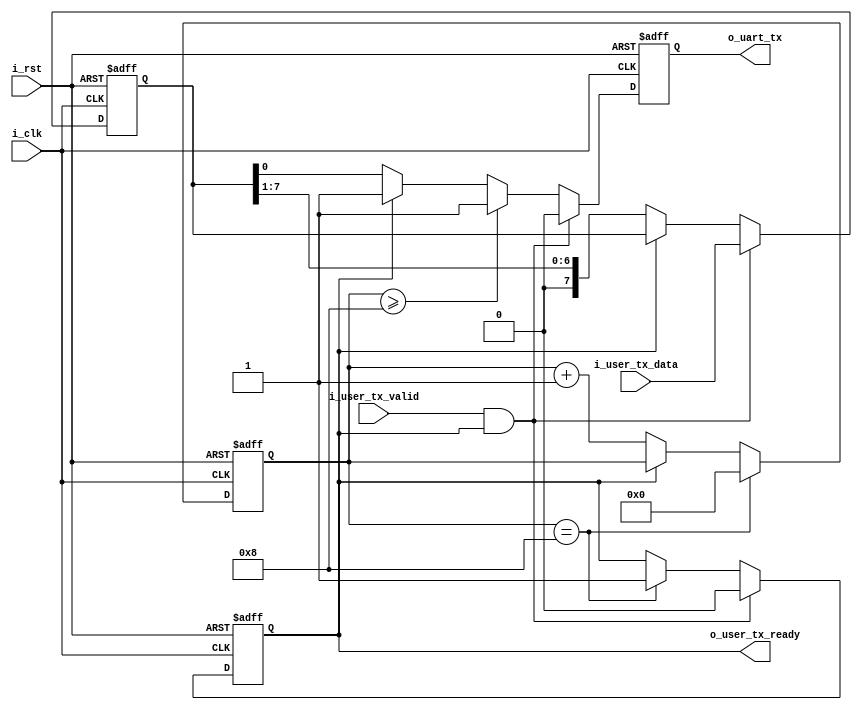
`timescale 1ns / 1ps
//////////////////////////////////////////////////////////////////////////////////
// Company: 
// Engineer: 
// 
// Design Name: 
// Module Name: uart_tx
// Project Name: 
// Target Devices: 
// Tool Versions: 
// Description:  uarti_user_tx_data i_user_tx_valido_user_tx_ready
// readyvaliddatareadyvalid,ready
//
// Dependencies: 
// 
// Revision:
// Revision 0.01 - File Created
// Additional Comments:
// 
//////////////////////////////////////////////////////////////////////////////////


module uart_tx#(
    parameter      P_SYSTEM_CLK        = 50_000_000  ,   // 
    parameter      P_UART_BUADRATE     = 9600        ,   // 
    parameter      P_UART_DATA_WIDTH   = 8           ,   // 
    parameter      P_UART_STOP_WIDTH   = 1           ,   //  1
    parameter      P_UART_CHECK        = 0               //  0- 1-odd 2-even          
)(
    input                               i_clk                      ,
    input                               i_rst                      ,

    output                              o_uart_tx                  ,

    input  [P_UART_DATA_WIDTH - 1 : 0]  i_user_tx_data             ,    //
    input                               i_user_tx_valid            ,    //
    output                              o_user_tx_ready                 //
    );

    reg                                 ro_uart_tx                 ;    //
    reg                                 ro_user_tx_ready           ;    //
    reg    [P_UART_DATA_WIDTH - 1 : 0]  r_tx_data                  ;    //
    reg                [  15: 0]        r_cnt                      ;    //
    reg                                 r_tx_check                 ;    //1

    wire                                w_user_active              ;    //


    assign                              o_uart_tx         = ro_uart_tx                          ;
    assign                              o_user_tx_ready   = ro_user_tx_ready                    ;
    assign                              w_user_active     = i_user_tx_valid && o_user_tx_ready  ;

//ready
always@(posedge i_clk or posedge i_rst)begin
    if(i_rst)
        ro_user_tx_ready <= 'd1;
    else if(w_user_active)
        ro_user_tx_ready <= 'd0;
    else if(r_cnt == P_UART_DATA_WIDTH + P_UART_STOP_WIDTH - 1 && P_UART_CHECK == 0)    //1 
        ro_user_tx_ready <= 'd1;
    else if(r_cnt == P_UART_DATA_WIDTH + 1 + P_UART_STOP_WIDTH - 1 && P_UART_CHECK > 0)
        ro_user_tx_ready <= 'd1;
    else 
        ro_user_tx_ready <= ro_user_tx_ready;
end

//ro_uart_tx017
always@(posedge i_clk or posedge i_rst)begin
    if(i_rst)
        r_cnt <= 'd0;
    else if(r_cnt == P_UART_DATA_WIDTH + P_UART_STOP_WIDTH - 1 && P_UART_CHECK == 0)            // -1 
        r_cnt <= 'd0;
    else if(r_cnt == P_UART_DATA_WIDTH + 1 + P_UART_STOP_WIDTH - 1 && P_UART_CHECK != 0)        // -1 
        r_cnt <= 'd0;
    else if(!ro_user_tx_ready)
        r_cnt <= r_cnt + 1;
    else 
        r_cnt <= r_cnt ;
end

always@(posedge i_clk or posedge i_rst)begin
    if(i_rst)
        r_tx_data <= 'd0;
    else if(w_user_active)
        r_tx_data <= i_user_tx_data ;
    else if(!ro_user_tx_ready)
        r_tx_data <= r_tx_data >> 1 ;
    else 
        r_tx_data <= r_tx_data ;
end

always@(posedge i_clk or posedge i_rst)begin
    if(i_rst)
        ro_uart_tx <= 'd1 ;
    else if(w_user_active)
        ro_uart_tx <= 'd0 ;
    else if(r_cnt == P_UART_DATA_WIDTH && P_UART_CHECK > 0)    //
        ro_uart_tx <= P_UART_CHECK == 1 ? ~r_tx_check : r_tx_check ;    //
    else if(r_cnt >= P_UART_DATA_WIDTH && P_UART_CHECK == 0)    //
        ro_uart_tx <= 'd1 ;
    else if(r_cnt >= P_UART_DATA_WIDTH + 1  && P_UART_CHECK > 0)   //
        ro_uart_tx <= 'd1 ;
    else if(!ro_user_tx_ready)
        ro_uart_tx <= r_tx_data[0];
    else 
        ro_uart_tx <= 'd1;
end

// 1
always@(posedge i_clk or posedge i_rst)begin
    if(i_rst)
        r_tx_check <= 'd0;
    else if(r_cnt == P_UART_DATA_WIDTH)
        r_tx_check <= 'd0;   
    else 
        r_tx_check <= r_tx_check ^ r_tx_data[0];
end


endmodule